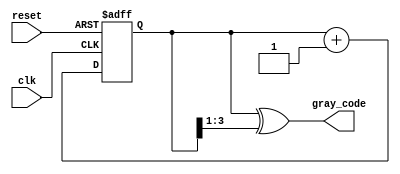
module gray_code_counter (
    input wire clk,          // Clock signal
    input wire reset,        // Asynchronous reset signal
    output reg [N-1:0] gray_code // Current Gray code output
);
    parameter N = 4; // Number of bits for the counter

    reg [N-1:0] binary_count; // Internal binary counter

    // Binary counter logic
    always @(posedge clk or posedge reset) begin
        if (reset) begin
            binary_count <= 0; // Reset binary counter to 0
        end else begin
            binary_count <= binary_count + 1; // Increment binary counter
        end
    end

    // Gray code conversion logic
    always @(binary_count) begin
        gray_code = binary_count ^ (binary_count >> 1); // Convert binary to Gray code
    end

endmodule